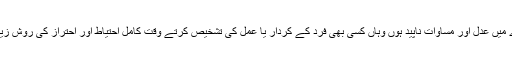
لہٰذا جس معاشرے میں عدل اور مساوات ناپید ہوں وہاں کسی بھی فرد کے کردار یا عمل کی تشخیص کرتے وقت کامل احتیاط اور احتراز کی روش زیادہ موزوں ہو گی۔